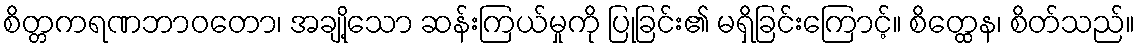
စိတ္တကရဏဘာဝတော၊ အချို့သော ဆန်းကြယ်မှုကို ပြုခြင်း၏ မရှိခြင်းကြောင့်။ စိတ္ထေန၊ စိတ်သည်။